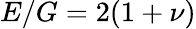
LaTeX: E/G=2(1+\nu)